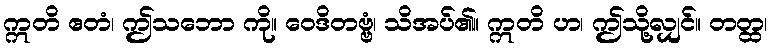
ဣတိ ဧတံ၊ ဤသဘော ကို။ ဝေဒိတဗ္ဗံ၊ သိအပ်၏။ ဣတိ ဟ၊ ဤသို့လျှင်။ တတ္ထ၊